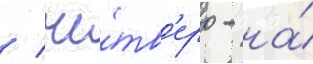
/ че́тв'еро - на́